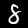
Digit: 8